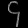
Digit: ၄